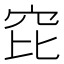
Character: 𥤻